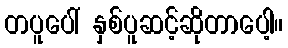
တပူပေါ် နှစ်ပူဆင့်ဆိုတာပေါ့။